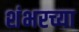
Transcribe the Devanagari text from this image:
शंभरच्या